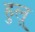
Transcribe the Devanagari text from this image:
हुलू